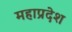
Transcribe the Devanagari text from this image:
महाप्रदेश